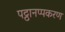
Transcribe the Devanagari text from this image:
पट्ठानप्पकरण